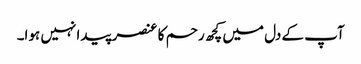
آپ کے دل میں کچھ رحم کا عنصر پیدا نہیں ہوا۔